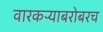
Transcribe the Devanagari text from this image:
वारकऱ्याबरोबरच